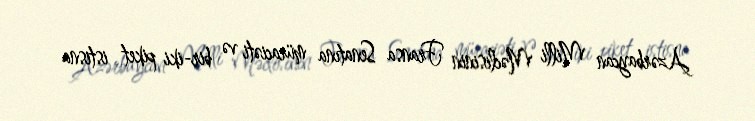
Azərbaycan Milli Məclisinin Fransa Senatına müraciəti və bir-iki piket istisna